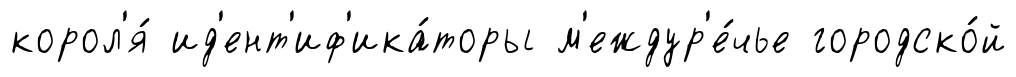
корол'я́ ид'ент'иф'ика́торы м'еждур'е́чье городско́й